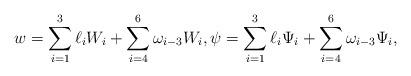
LaTeX: \begin{align*} w = \sum_{i=1}^{3} \ell_{i} W_{i} + \sum_{i=4}^{6} \omega_{i-3} W_{i}, \psi = \sum_{i=1}^{3} \ell_{i} \Psi_{i} + \sum_{i=4}^{6} \omega_{i-3} \Psi_{i}, \end{align*}